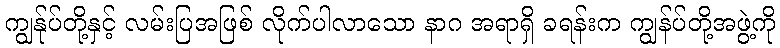
ကျွန်ုပ်တို့နှင့် လမ်းပြအဖြစ် လိုက်ပါလာသော နာဂ အရာရှိ ခရန်းက ကျွန်ပ်တို့အဖွဲ့ကို